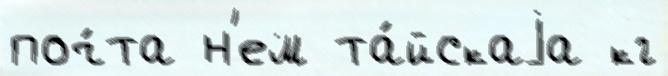
поч́та н'ем та́йскаjа кг